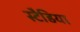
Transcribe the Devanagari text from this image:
स्टैडिया